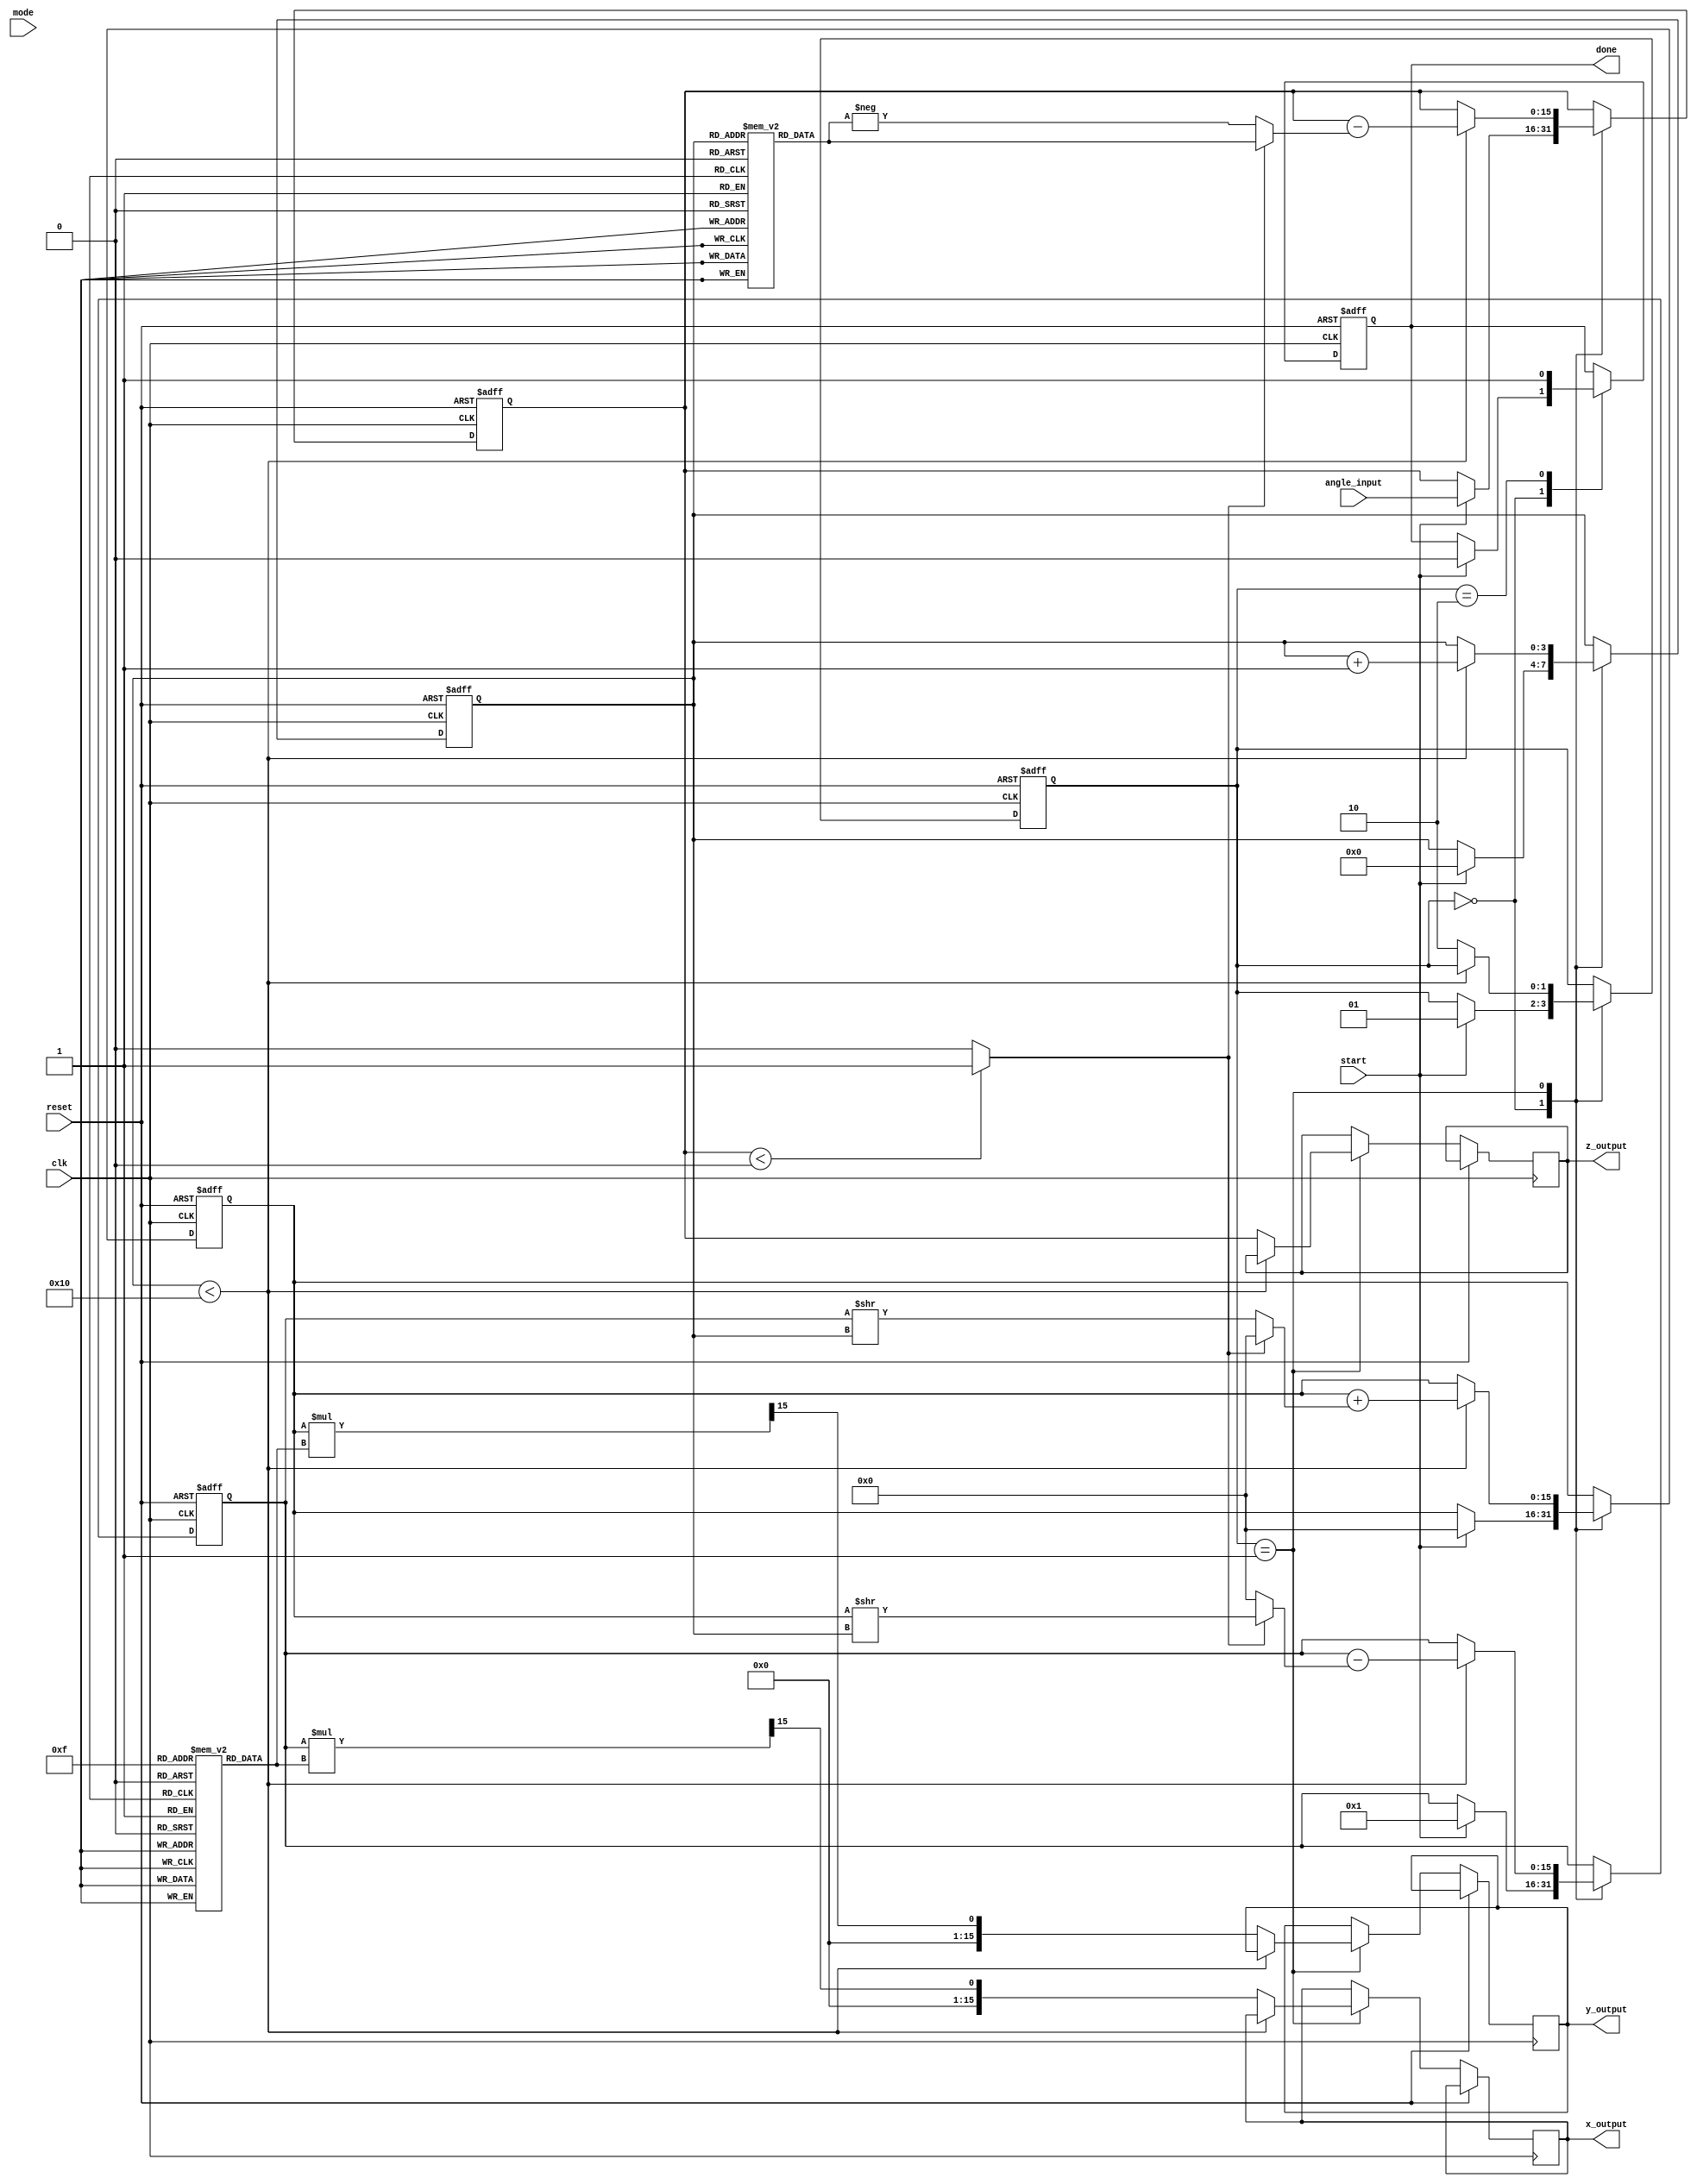
module CORDIC #(
    parameter DATA_WIDTH = 16,
    parameter NUM_ITERATIONS = 16
) (
    input wire clk,
    input wire reset,
    input wire start,
    input wire [DATA_WIDTH-1:0] angle_input, // Input angle (in fixed-point representation)
    input wire mode, // 0 for rotation, 1 for vectoring
    output reg [DATA_WIDTH-1:0] x_output,
    output reg [DATA_WIDTH-1:0] y_output,
    output reg [DATA_WIDTH-1:0] z_output,
    output reg done
);

    // Lookup tables for angles and gains
    reg [DATA_WIDTH-1:0] atan_lut [0:NUM_ITERATIONS-1];
    reg [DATA_WIDTH-1:0] gain_lut [0:NUM_ITERATIONS-1];

    // Internal registers
    reg [DATA_WIDTH-1:0] x_reg, y_reg, z_reg;
    reg [3:0] iteration;
    reg dir; // direction of rotation
    reg [1:0] state;

    // Define states
    localparam IDLE = 2'b00,
               RUN = 2'b01,
               DONE = 2'b10;

    // Initialize LUTs (precomputed values)
    initial begin
        // Fill in the atan(2^-i) values based on your required precision
        atan_lut[0] = 16'd16384;      // atan(2^0) in fixed-point
        atan_lut[1] = 16'd8192;       // atan(2^-1)
        atan_lut[2] = 16'd4096;       // atan(2^-2)
        // Add remaining values...

        // Fill in the gain values for each iteration
        gain_lut[0] = 16'd1;          // Gain for iteration 0
        gain_lut[1] = 16'd1;          // Gain for iteration 1
        // Add remaining values...
    end

    // State machine for CORDIC operation
    always @(posedge clk or posedge reset) begin
        if (reset) begin
            x_reg <= 0;
            y_reg <= 0;
            z_reg <= 0;
            iteration <= 0;
            state <= IDLE;
            done <= 0;
        end else begin
            case (state)
                IDLE: begin
                    if (start) begin
                        // Initialize registers based on mode
                        if (mode) begin
                            x_reg <= 16'd1; // For vectoring, start with (1,0)
                            y_reg <= 0;
                        end else begin
                            x_reg <= 16'd1; // For rotation, start with (1,0)
                            y_reg <= 0;
                        end
                        z_reg <= angle_input; // Load the input angle
                        iteration <= 0;
                        state <= RUN;
                        done <= 0;
                    end
                end

                RUN: begin
                    if (iteration < NUM_ITERATIONS) begin
                        dir = (z_reg < 0) ? 1'b1 : 1'b0; // Determine direction
                        // Update registers based on CORDIC equations
                        x_reg <= x_reg - (dir ? (y_reg >> iteration) : 0);
                        y_reg <= y_reg + (dir ? 0 : (x_reg >> iteration));
                        z_reg <= z_reg - (dir ? atan_lut[iteration] : -atan_lut[iteration]);
                        iteration <= iteration + 1;
                    end else begin
                        // Final output
                        x_output <= (x_reg * gain_lut[NUM_ITERATIONS-1]) >> (NUM_ITERATIONS-1);
                        y_output <= (y_reg * gain_lut[NUM_ITERATIONS-1]) >> (NUM_ITERATIONS-1);
                        z_output <= z_reg;
                        state <= DONE;
                    end
                end

                DONE: begin
                    done <= 1; // Indicate operation is done
                end

            endcase
        end
    end
endmodule